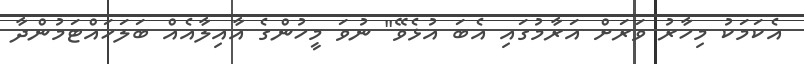
އެކަމަކު މިހާރު ވަރަށް އަރާމުގައި އެބަ އުޅެވޭ" ނުވަ މީހުންގެ އާއިލާއެއް ބަލަހައްޓަމުންދާ